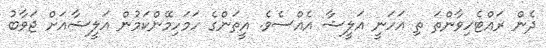
ދެން ރައްޓެހިވާންތަ ތި އަހަނީ އަލީޝާ އެއްސެވެ. އީތަންގެ ހަމަހިމޭންކަމުން އަލީޝާއަށް ޖަވާބު